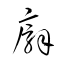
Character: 廨